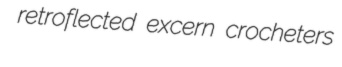
retroflected excern crocheters